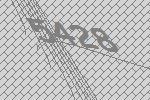
5428